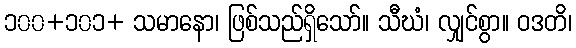
၁၀၀+၁၀၁+ သမာနော၊ ဖြစ်သည်ရှိသော်။ သီဃံ၊ လျှင်စွာ။ ဝဒတိ၊